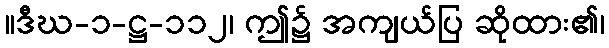
။ဒီဃ-၁-ဋ္ဌ-၁၁၂၊ ဤ၌ အကျယ်ပြ ဆိုထား၏၊